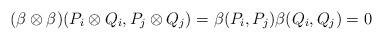
LaTeX: \begin{align*}(\beta\otimes\beta)( P_i\otimes Q_i, P_j\otimes Q_j)=\beta(P_i,P_j) \beta(Q_i,Q_j)=0\end{align*}